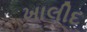
ખાલીદ